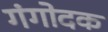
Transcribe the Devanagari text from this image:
गंगोदक